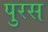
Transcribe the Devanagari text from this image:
पुरस